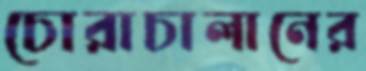
চোরাচালানের